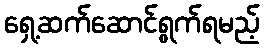
ရှေ့ဆက်ဆောင်ရွက်ရမည့်